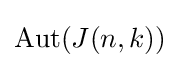
\operatorname {Aut} (J(n,k))